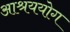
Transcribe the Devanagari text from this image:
आश्रययोग